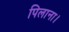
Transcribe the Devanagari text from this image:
पिलाना।